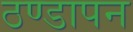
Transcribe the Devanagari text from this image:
ठण्‍डापन